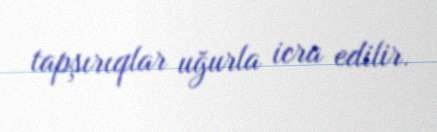
tapşırıqlar uğurla icra edilir.